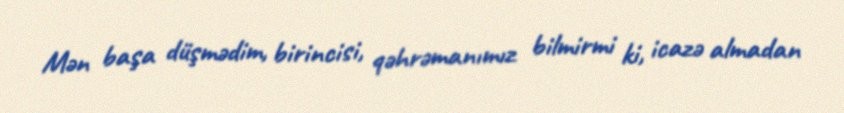
Mən başa düşmədim, birincisi, qəhrəmanımız bilmirmi ki, icazə almadan